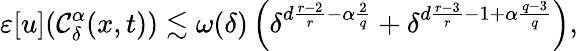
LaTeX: \varepsilon[u](\mathcal{C}_{\delta}^{\alpha}(x,t))\lesssim\omega(\delta)\left(\delta^{d\frac{r-2}{r}-\alpha\frac{2}{q}}+\delta^{d\frac{r-3}{r}-1+\alpha\frac{q-3}{q}}\right),